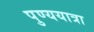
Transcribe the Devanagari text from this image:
पुण्ययात्रा